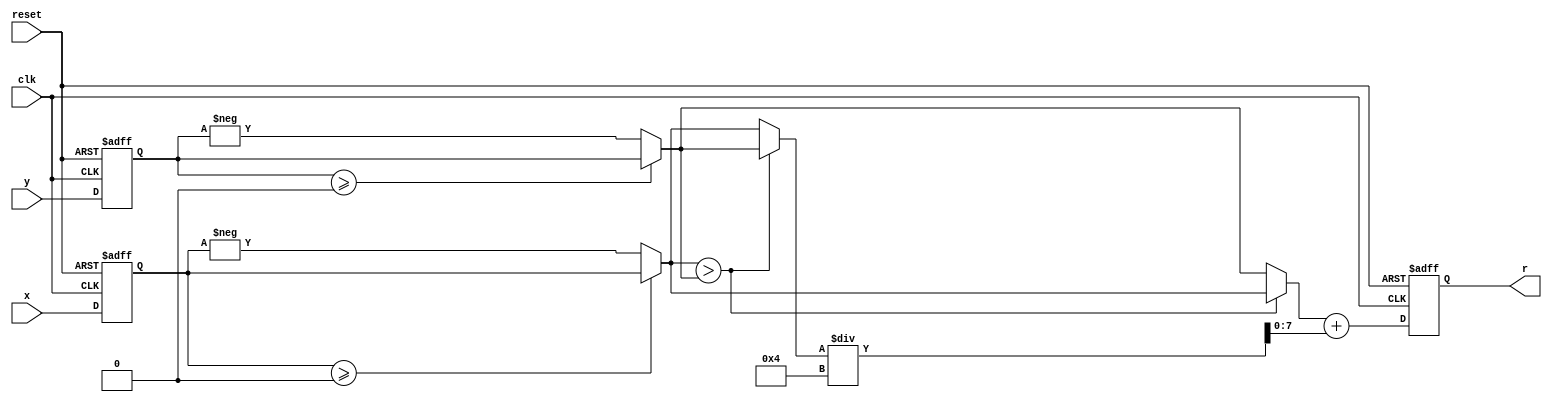
module magnitude
    (input clk, // System clock
    input reset, // Asynchron reset
    input signed [7:0] x, y, // System input
    output reg signed [7:0] r);// System output

    reg signed [7:0] x_r, y_r, ax, ay, mi, ma;
    // Approximate the magnitude via
    // r = alpha*max(|x|,|y|) + beta*min(|x|,|y|)
    // use alpha=1 and beta=1/4

    always @(posedge reset or posedge clk) // Control the
        if (reset) begin // system sample at clk rate
            x_r <= 0; y_r <= 0; // Asynchronous clear
        end else begin
            x_r <= x; y_r <= y;
        end
    always @* begin
        ax = (x_r>=0)? x_r : -x_r; // Take absolute values first
        ay = (y_r>=0)? y_r : -y_r;
        if (ax > ay) begin // Determine max and min values
            mi = ay;
            ma = ax;
        end else begin
            mi = ax;
            ma = ay;
        end
    end
    always @(posedge reset or posedge clk)
        if (reset) // Asynchronous clear
            r <= 0;
        else
            r <= ma + mi/4; // Compute r=alpha*max+beta*min
endmodule